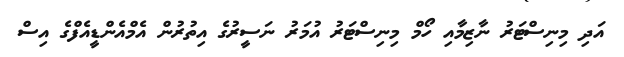
އަދި މިނިސްޓަރު ނާޒިމާއި ހޯމް މިނިސްޓަރު އުމަރު ނަސީރުގެ އިތުރުން އެމްއެންޑީއެފްގެ އިސް